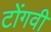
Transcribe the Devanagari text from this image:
टोंगवी